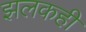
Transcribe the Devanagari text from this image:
झलकही